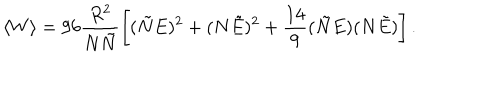
LaTeX: \langle W \rangle = 9 6 \frac { R ^ { 2 } } { N \tilde { N } } \left[ ( \tilde { N } E ) ^ { 2 } + ( N \tilde { E } ) ^ { 2 } + \frac { 1 4 } { 9 } ( \tilde { N } E ) ( N \tilde { E } ) \right] .